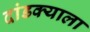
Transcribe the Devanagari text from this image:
दांडक्याला